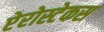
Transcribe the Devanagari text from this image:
प्टेरोस्टेकस